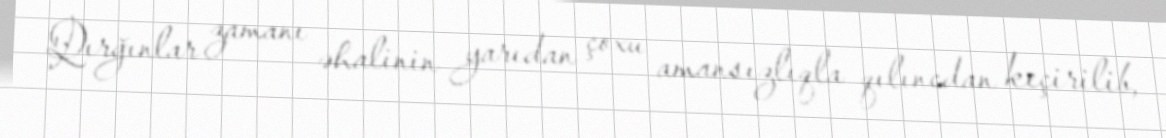
Qırğınlar zamanı əhalinin yarıdan çoxu amansızlıqla qılıncdan keçirilib,